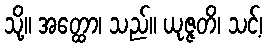
သို့။ အတ္ထော၊ သည်။ ယုဇ္ဇတိ၊ သင့်၊